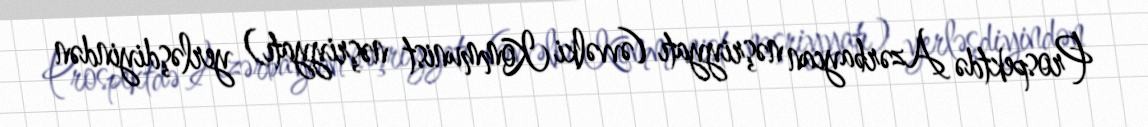
Prospektdə Azərbaycan nəşriyyatı (əvvəlki Kommunist nəşriyyatı) yerləşdiyindən